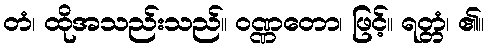
တံ၊ ထိုအသည်းသည်။ ဝဏ္ဏတော၊ ဖြင့်။ ရတ္တံ၊ ၏။